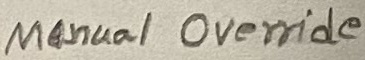
Text: Manual Override